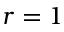
r = 1